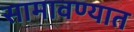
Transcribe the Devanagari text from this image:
सामावण्यात